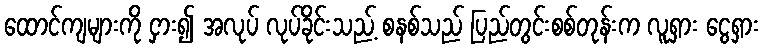
ထောင်ကျများကို ငှား၍ အလုပ် လုပ်ခိုင်းသည့် စနစ်သည် ပြည်တွင်းစစ်တုန်းက လူရှား ငွေရှား